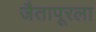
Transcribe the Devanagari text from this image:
जैतापूरला